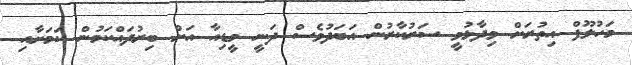
މަހުލޫފް އިތުރަށް ވިދާޅުވީ ސަރުކާރުން އަބަދުވެސް ދަނީ މީޑިއާ އަށް ބިރުދައްކަމުން ކަމަށާއި